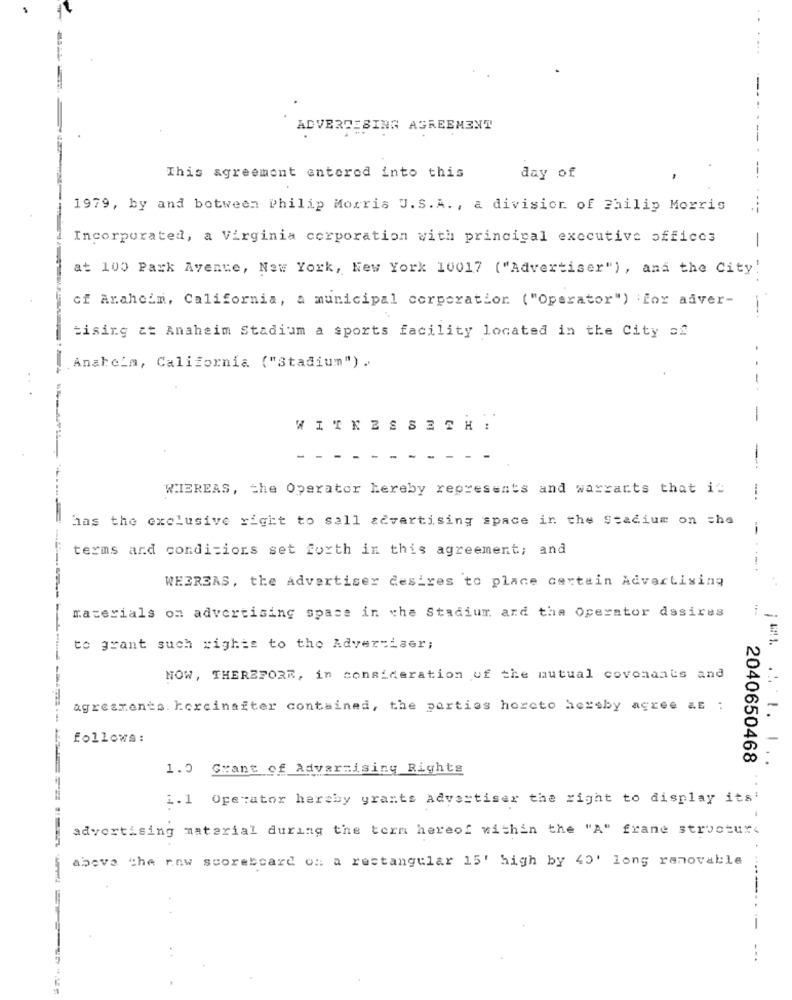
ADVERTISING AGREEMENT
This agreement entered into this
day of
1979, by and between Philip Morris U.S. A. , a division of Philip Morris
Incorporated, a Virginia corporation with principal executive offices
-
at 100 Park Avenue, New York, New York 10017 ("Advertiser") , and the City!
cf Arahcin, California, a municipal corporation ("Operator") for adver-
-
tising at Anaheim Stadium a sports facility located in the City s2
Anaheim, California ("Stadium") .
-.
-
WITNESSESH :
-
WIEREAS, the Operator hereby represents and warrants that it
--
has the exclusive right to sall advertising space in the Stadium on the
--
terms and conditions set forth in this agreement; and
WHEREAS, the Advertiser desires to place certain Advertising
materials on advertising space in the Stadium and the Operator desires
to grant such rights to the Advertiser;
NOW, THEREFORE, in consideration of the mutual covonants and
agresments. horcinafter contained, the parties horcto hereby agree as :
follows:
2040650468
1.0 Grant of Advaraising Rights
1.1 Operator hereby yrants Advertiser the right to display its'
advertising material during the term hereof within the "A" frane structure
above the raw scoreboard on a rectangular 15' high by 40' long renovable
...